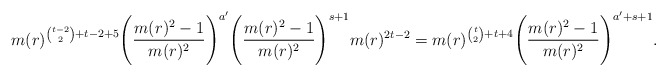
\begin{align*}& m(r)^{{t-2\choose 2}+t-2+5} \Bigg( \frac{m(r)^2-1}{m(r)^2}\Bigg)^{a'}\Bigg( \frac{m(r)^2-1}{m(r)^2}\Bigg)^{s+1} m(r)^{2t-2} = m(r)^{{t\choose 2}+t+4} \Bigg( \frac{m(r)^2-1}{m(r)^2}\Bigg)^{a'+s+1}.\end{align*}